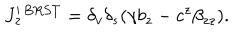
LaTeX: J _ { z } ^ { \prime \, B R S T } = \delta _ { v } \delta _ { s } ( \gamma b _ { z } - c ^ { z } \beta _ { z z } ) .